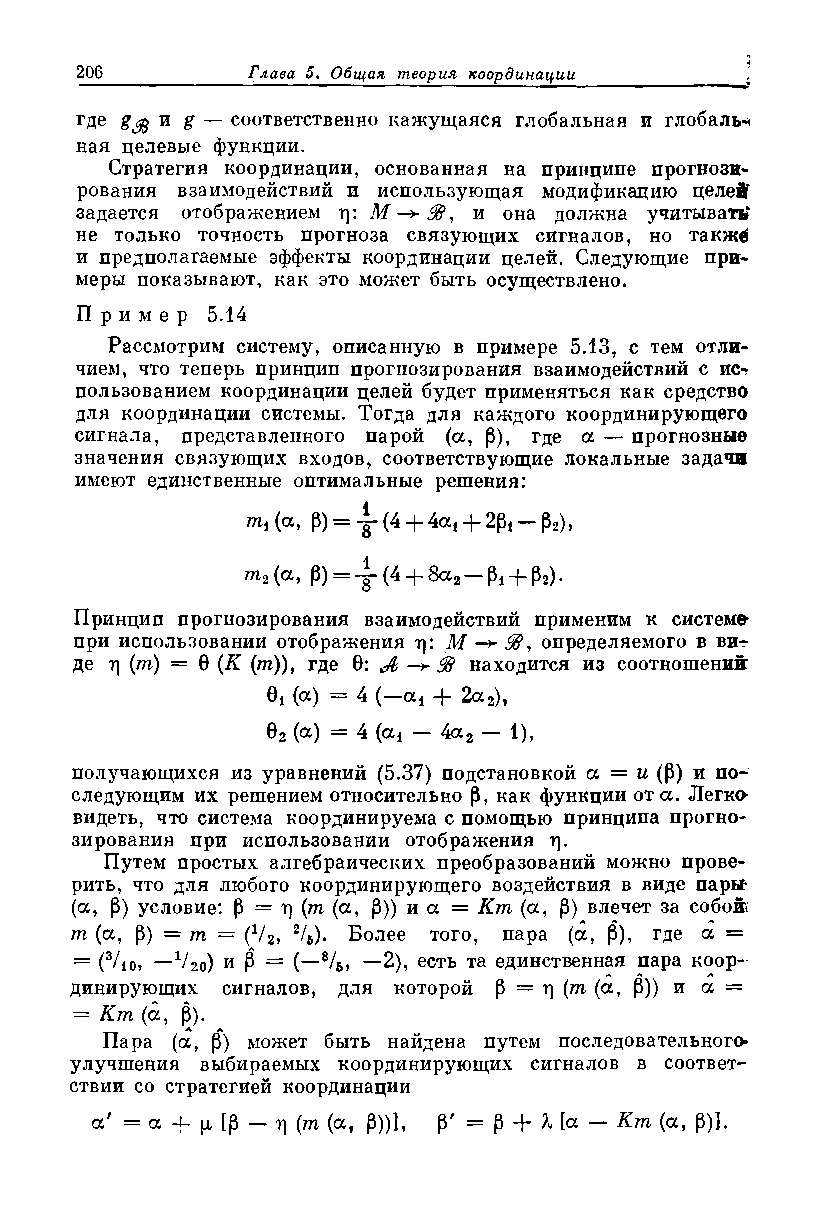
где gtfo и g — соответственно кажущаяся глобальная и глобальн
 ная целевые функции.
 Стратегия координации, основанная на принципе прогнози­
 рования взаимодействий и использующая модификацию целей
 задается отображением ц: М —*98, и она должна учитывать*
 не только точность прогноза связующих сигналов, но такжё
 и предполагаемые эффекты координации целей. Следующие при­
 меры показывают, как это может быть осуществлено.
 Пр и м е р 5.14
 Рассмотрим систему, описанную в примере 5.13, с тем отли­
 чием, что теперь принцип прогнозирования взаимодействий с ис-г
 пользованием координации целей будет применяться как средство
 для координации системы. Тогда для каждого координирующего
 сигнала, представленного парой (а, Р), где а — прогнозные
 значения связующих входов, соответствующие локальные задачи
 имеют единственные оптимальные решения:
 т\ (а> Р)= "g" (4 + 4сс4 -|- 2р* — р2),
 т2 (а> Р)= -g“ (4 + 8сс2 — Pi —Н Рг)*
 Принцип прогнозирования взаимодействий применим к системе
 при использовании отображения т): М —*38, определяемого в ви-г
 де у] (т) = 0 (К (тп)), где 0: Л — находится из соотношении
 01 (ос) = 4 (—ос* + 2ос2),
 02 (а) = 4 (а* — 4а2 — 1),
 получающихся из уравнений (5.37) подстановкой ос = и (Р) и по­
 следующим их решением относительно р, как функции от а. Легко
 видеть, что система координируема с помощью принципа прогно­
 зирования при использовании отображения г).
 Путем простых алгебраических преобразований можно прове­
 рить, что для любого координирующего воздействия в виде пары
 (ос, Р) условие: Р = У] (т (ос, Р)) и а = Кт (ос, Р) влечет за собой»
 т (ос, Р) = т = (72, 2/6). Более того, пара (а, Р), где а =
 = (3/10, —V20) и р = (—8/б, —2), есть та единственная пара коор­
 динирующих сигналов, для которой р = У] (т (ос, Р)) и ос =
 = Кт (ос, Р).
 Пара (а, Р) может быть найдена путем последовательного
 улучшения выбираемых координирующих сигналов в соответ­
 ствии со стратегией координации
 ос' = а + (х [р — у] (т (ос, Р))], р' = р + X [ос — Кт (ос, Р)].